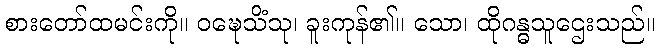
စားတော်ထမင်းကို။ ဝဍ္ဎေသိံသု၊ ခူးကုန်၏။ သော၊ ထိုဂန္ဓသူဌေးသည်။